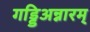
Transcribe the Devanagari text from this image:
गड्डिअन्नारम्